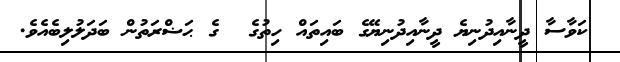
ކަވާސާ ދީނާއިދުނިޔެ ދީނާއިދުނިޔޭގެ ބައިތައް ހިތުގެ  ގެ ޙަޟްރަތުން ބަދަލުލިބެއެވެ.